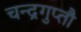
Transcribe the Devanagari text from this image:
चन्द्रगुप्तौ